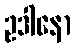
ဥဒါနော